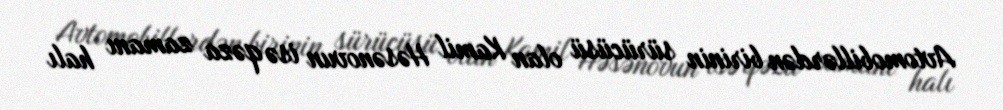
Avtomobillərdən birinin sürücüsü olan Kamil Həsənovun isə qəza zamanı halı